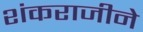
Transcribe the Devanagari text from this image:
शंकराजीने